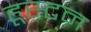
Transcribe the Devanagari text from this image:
हूस्टन